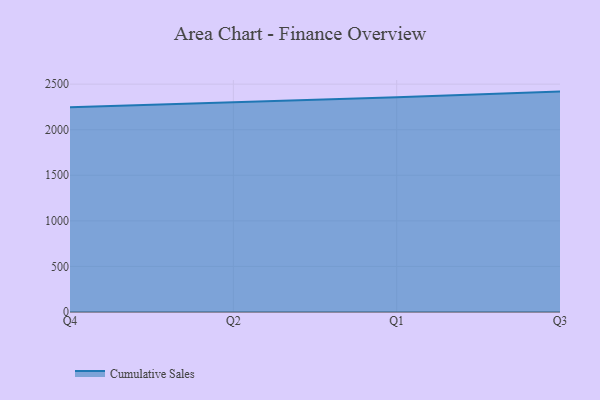
{"axis": {"x": "Quarter", "y": "Conversion Rate (%)"}, "legend": ["Cumulative Sales"], "data": [{"x": "Q4", "y": 2247.2, "type": "Cumulative Sales"}, {"x": "Q2", "y": 2298.1, "type": "Cumulative Sales"}, {"x": "Q1", "y": 2356.3, "type": "Cumulative Sales"}, {"x": "Q3", "y": 2418.3, "type": "Cumulative Sales"}]}